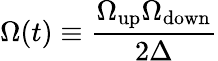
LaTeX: \Omega(t)\equiv\frac{\Omega_{\mathrm{up}}\Omega_{\mathrm{down}}}{2\Delta}